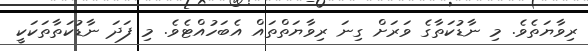
ރިވާޔަތެވެ. މި ނާޑުކަތާގެ ވަރަށް ގިނަ ރިވާޔަތްތައް އެބަހުއްޓެވެ. މި ފަދަ ނާޑުކަތާތަކަކީ